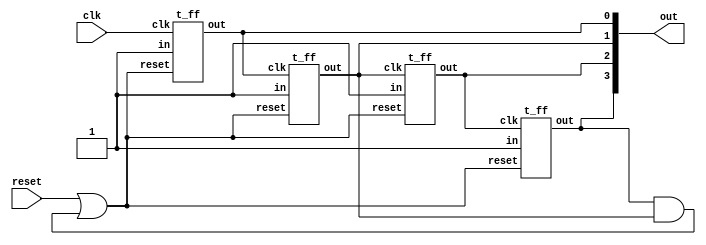
// Design a decade counter with synchronous reset.

// counter counts from 0 to 9 and back.

module decade_counter(out, clk, reset);    // initial state 0
input clk ,reset;
output [3:0] out;

assign rp = reset | (out[3]&out[1]);

t_ff f0(out[0],1'b1,clk,rp);
t_ff f1(out[1],1'b1,out[0],rp);
t_ff f2(out[2],1'b1,out[1],rp);
t_ff f3(out[3],1'b1,out[2],rp);

endmodule



module t_ff(out,in,clk,reset);
input in,clk,reset;
output reg out;

always @(negedge clk)
begin
    out = reset ? 1'b0:(in?~out:out);
end

endmodule